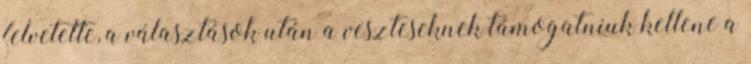
felvetette, a választások után a veszteseknek támogatniuk kellene a